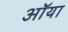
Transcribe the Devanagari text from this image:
ऑया